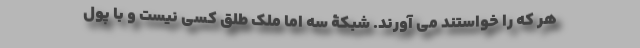
هر که را خواستند می آورند. شبکۀ سه اما مِلکِ طِلق کسی نیست و با پول